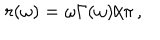
\: r ( \omega ) = \omega \Gamma ( \omega ) / \pi \, , \: